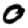
Digit: 0